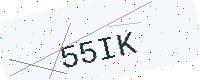
Text: 55IK